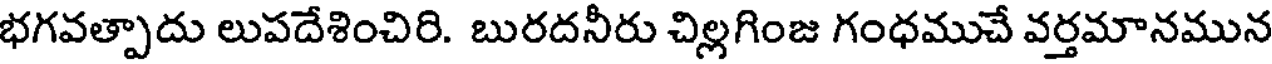
భగవత్పాదు లుపదేశించిరి. బురదనీరు చిల్లగింజ గంధముచే వర్తమానమున